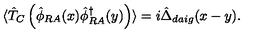
\langle \hat { T } _ { C } \left( \hat { \phi } _ { R A } ( x ) \hat { \phi } _ { R A } ^ { \dagger } ( y ) \right) \rangle = i \hat { \Delta } _ { d a i g } ( x - y ) .